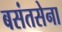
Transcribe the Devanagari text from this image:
बसंतसेना